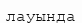
лауында